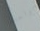
بواحدة